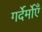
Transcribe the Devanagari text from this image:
गर्देर्मोएँ